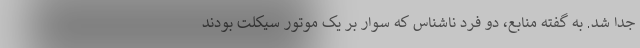
جدا شد. به گفته منابع، دو فرد ناشناس که سوار بر یک موتور سیکلت بودند